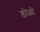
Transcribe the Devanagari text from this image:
डोळो